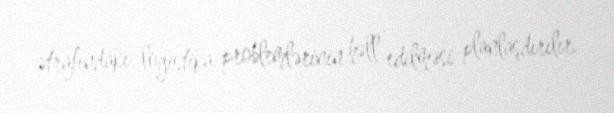
ətrafındakı logistika problemlərinin həll edilməsi planlaşdırılır.